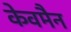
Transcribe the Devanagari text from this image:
केवमैन